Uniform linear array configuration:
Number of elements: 4
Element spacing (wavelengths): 0.5
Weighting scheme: uniform
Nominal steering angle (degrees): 30
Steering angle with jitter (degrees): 31.461
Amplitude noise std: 0.05
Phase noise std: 0.05

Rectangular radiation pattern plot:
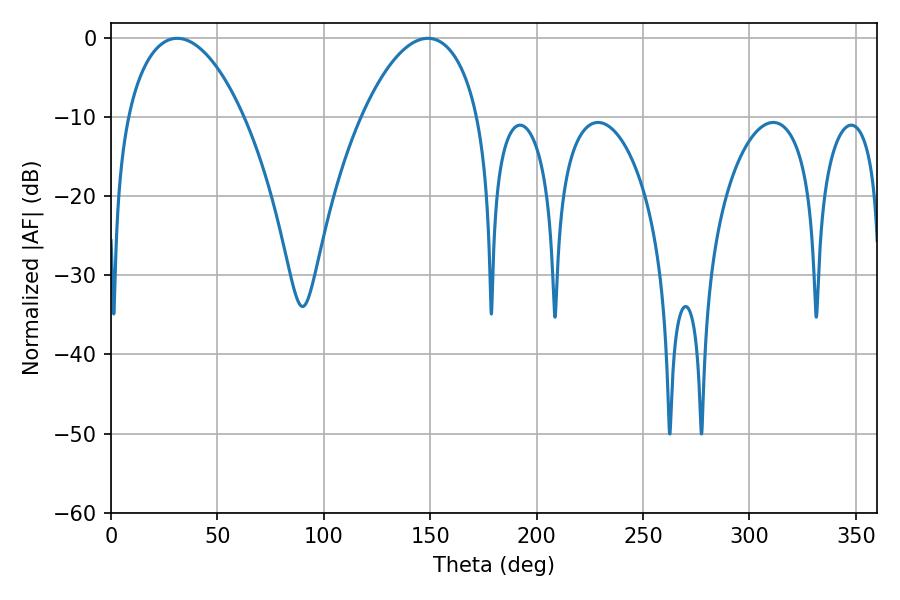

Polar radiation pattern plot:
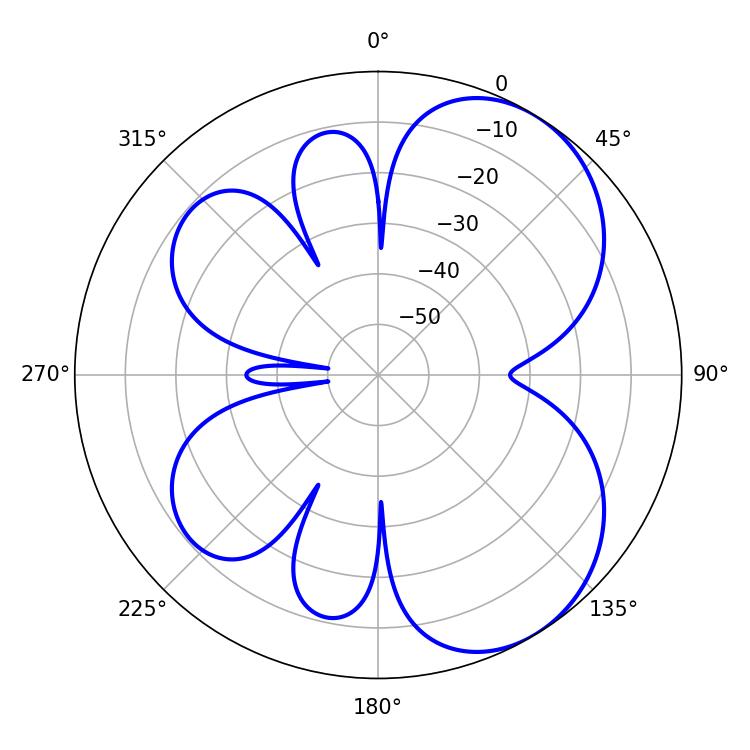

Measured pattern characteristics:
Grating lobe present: FALSE
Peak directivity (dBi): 5.621
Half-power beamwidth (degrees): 30.96
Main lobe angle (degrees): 31.14